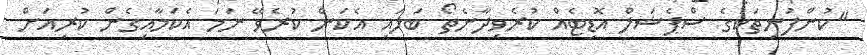
"ކުންފުނިތަކުގެ ސްޕެޝަލް އޮޑިޓެއް ކުރެވިދާނެތޯ ބަލައި އެކަން ކުރެވޭ ނަމަ އެކަމާއިގެން ކުރިއަށް